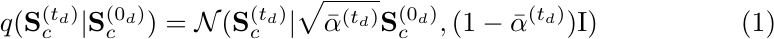
\begin{equation}
\label{eq:sequence_diffusion_process}
    q(\mathbf{S}_{c}^{(t_{d})} | \mathbf{S}_{c}^{(0_{d})}) = \mathcal{N}(\mathbf{S}_{c}^{(t_{d})} | \sqrt{\bar{\alpha}^{(t_{d})}} \mathbf{S}_{c}^{(0_{d})}, (1 - \bar{\alpha}^{(t_{d})}) \mathrm{I})
\end{equation}